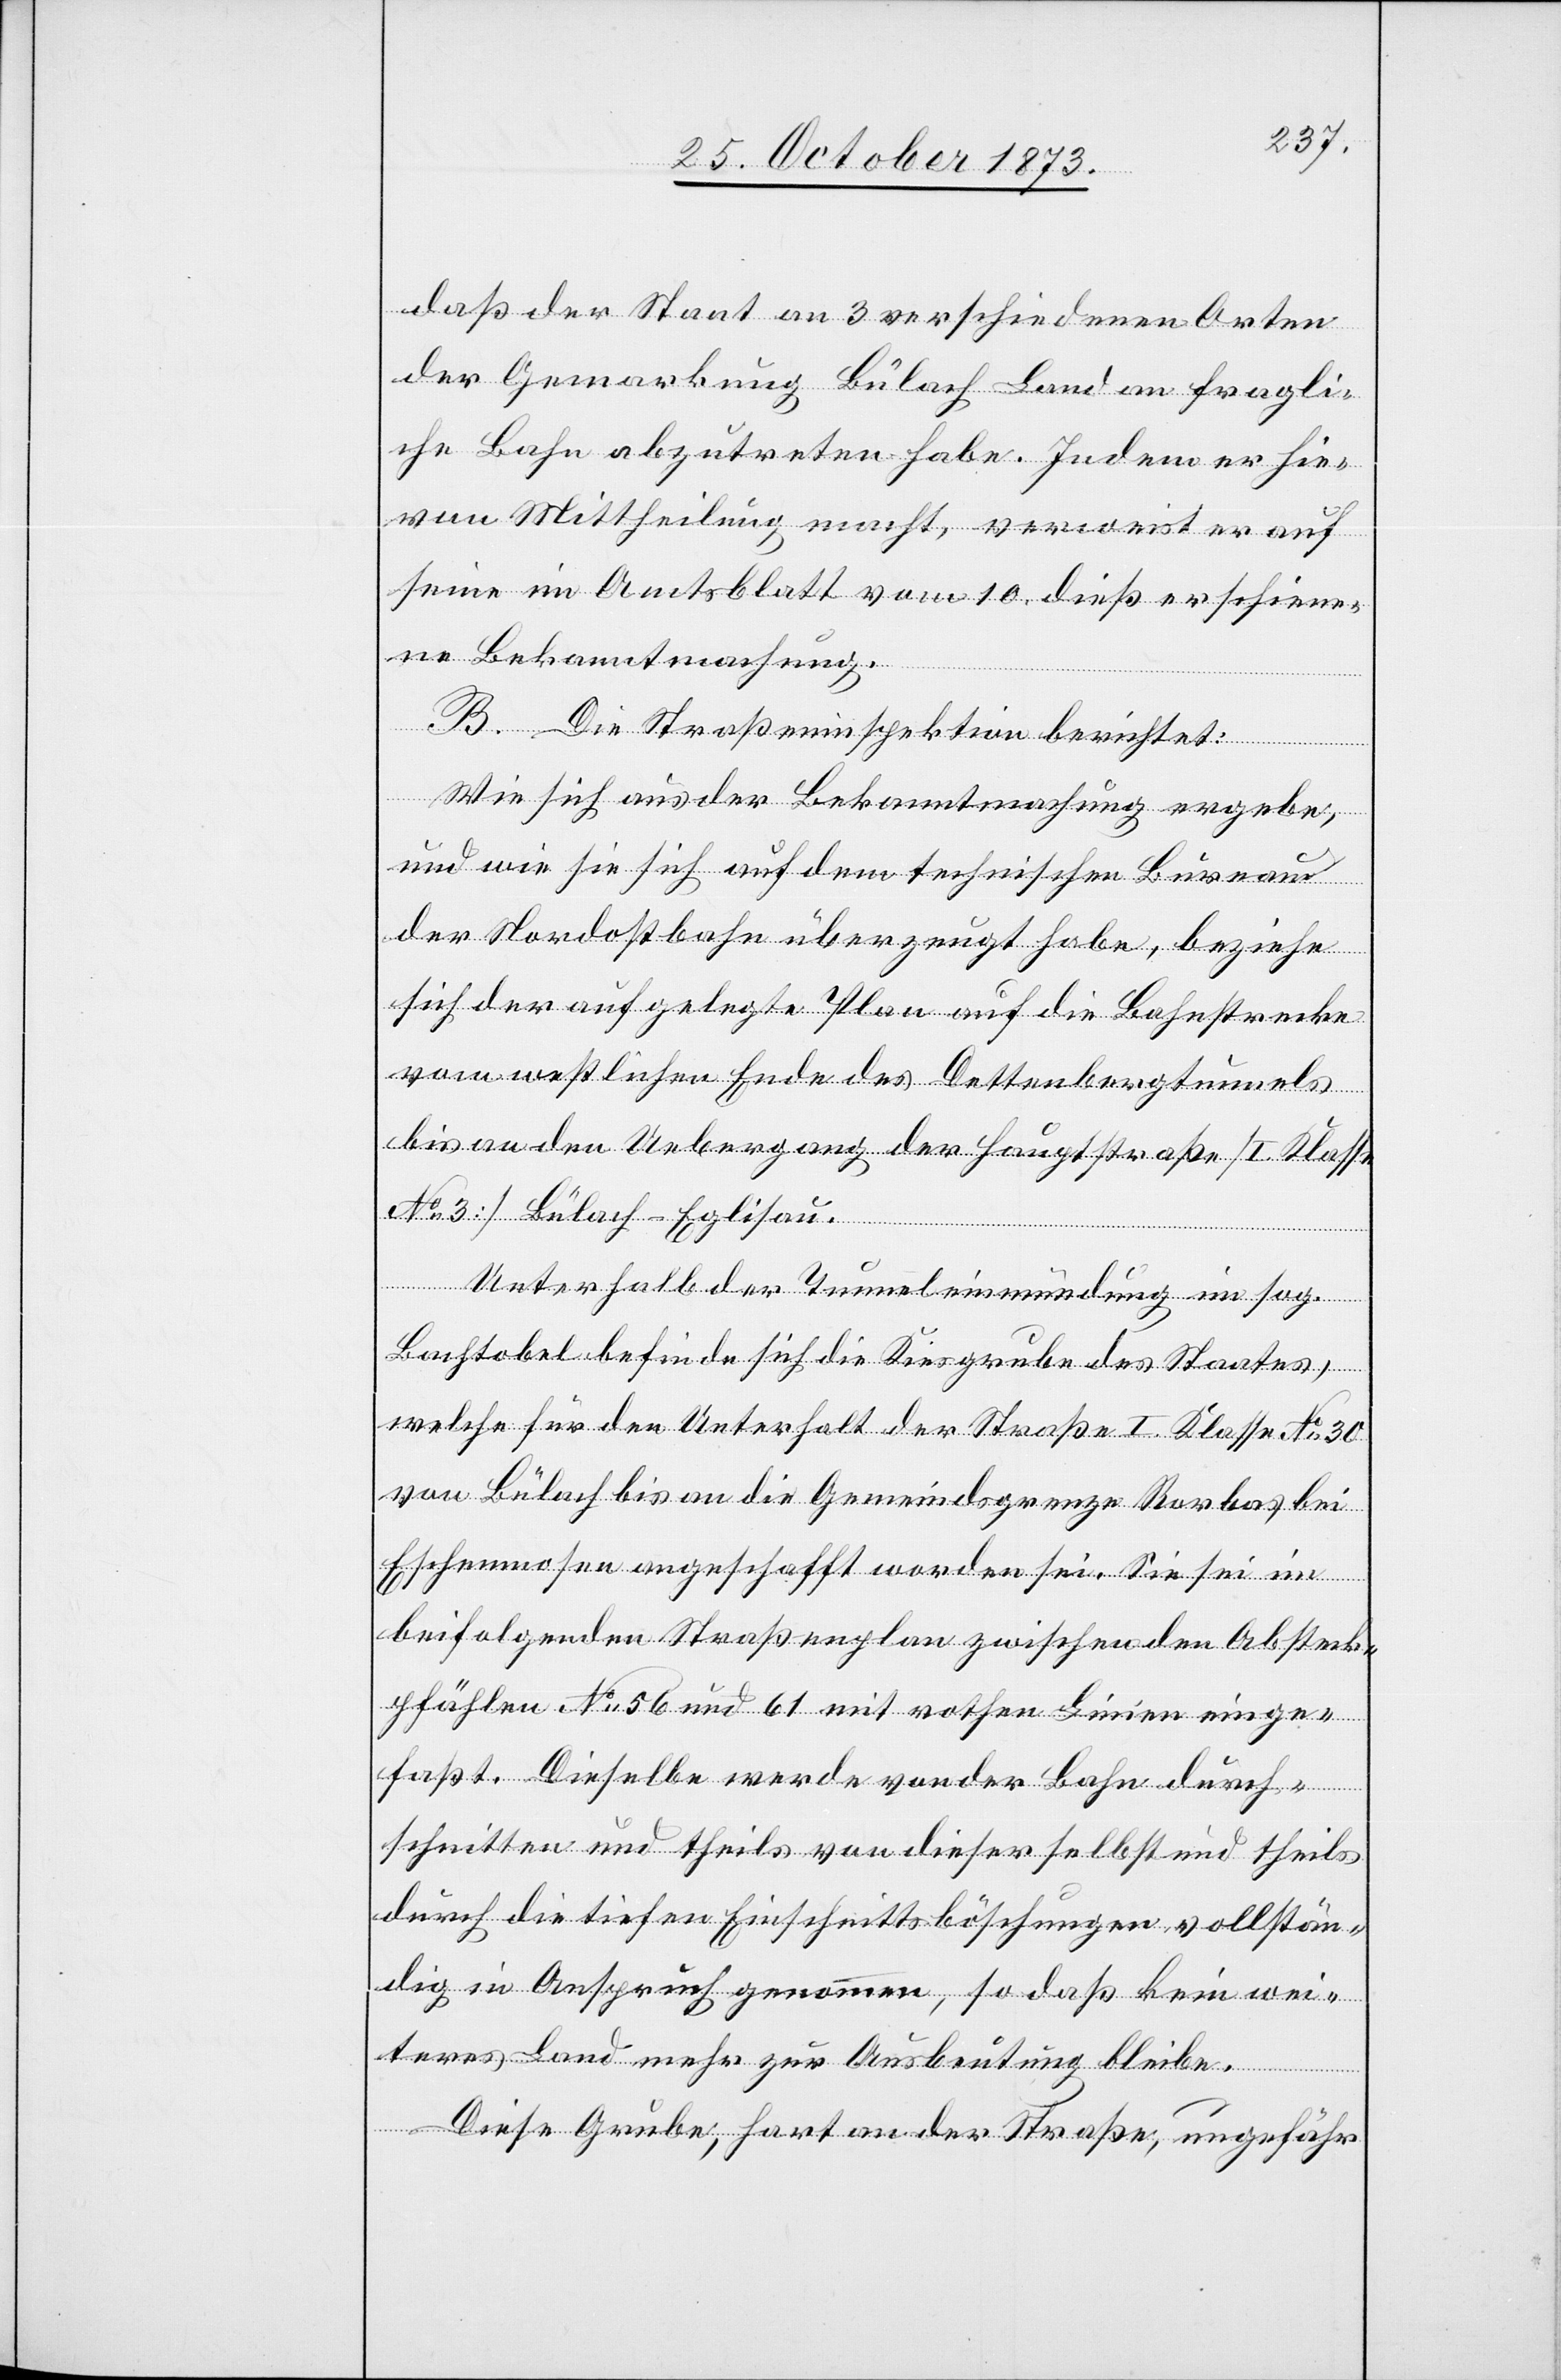
daß der Staat an 3 verschiedenen Orten
der Gemarkung Bülach Land an fragli¬
che Bahn abzutreten habe. Indem er hie¬
von Mittheilung macht, verweist er auf
seine im Amtsblatt vom 10. dieß erschiene¬
ne Bekanntmachung.
B. Die Straßeninspektion berichtet:
Wie sich aus der Bekanntmachung ergebe,
und wie sie sich auf dem technischen Bureau
der Nordostbahn überzeugt habe, beziehe
sich der aufgelegte Plan auf die Bahnstrecke
vom westlichen Ende des Dettenbergtunnels
bis an den Uebergang der Hauptstraße [I. Klasse
No 3] Bülach–Eglisau.
Unterhalb der Tunneleinmündung im sog.
Bachtobel befinde sich die Kiesgrube des Staates,
welche für den Unterhalt der Straße I. Klasse No 30
von Bülach bis an die Gemeindsgrenze Rorbas bei
Eschenmosen angeschafft worden sei. Sie sei im
beifolgenden Straßenplan zwischen den Absteck¬
pfählen No 56 und 61 mit rothen Linien einge¬
faßt. Dieselbe werde von der Bahn durch¬
schnitten und theils von dieser selbst und theils
durch die tiefen Einschnittsböschungen vollstän¬
dig in Anspruch genommen, so daß kein wei¬
teres Land mehr zur Ausbeutung bleibe.
Diese Grube, hart an der Straße, ungefähr